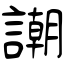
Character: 謿